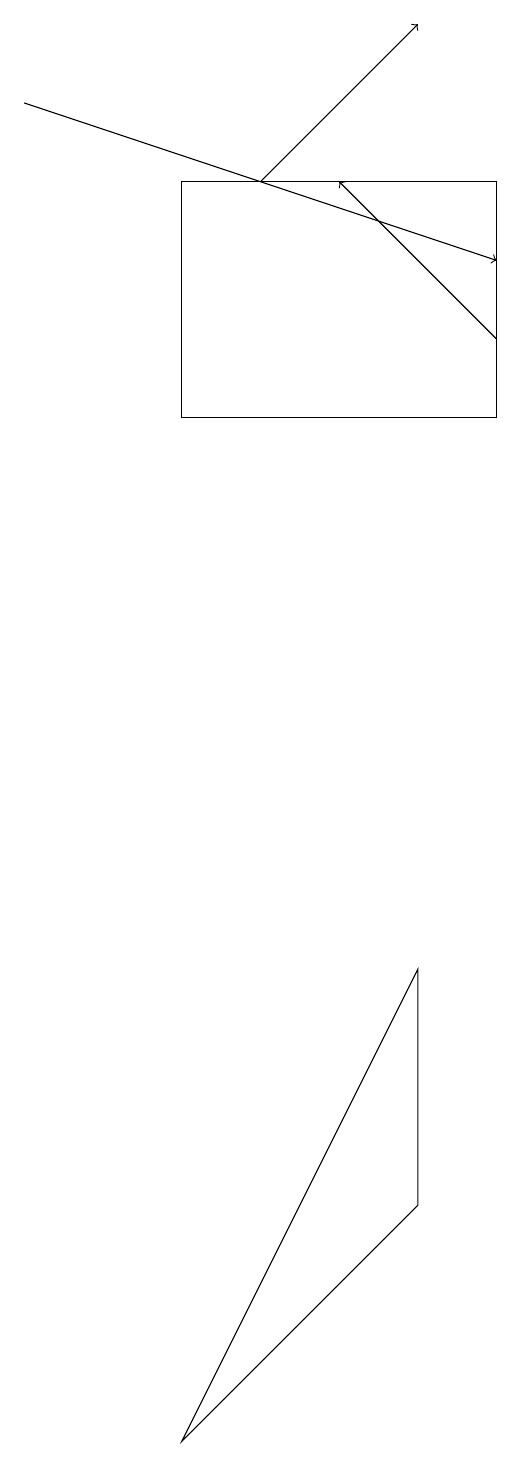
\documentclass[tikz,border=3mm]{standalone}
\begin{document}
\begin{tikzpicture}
\draw (6,16) rectangle (2,13);
\draw[->] (6,14) -- (4,16);
\draw (2,0) -- (5,6) -- (5,3) -- cycle;
\draw[->] (3,16) -- (5,18);
\draw[->] (0,17) -- (6,15);
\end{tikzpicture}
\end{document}